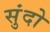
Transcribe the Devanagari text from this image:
सुंदो